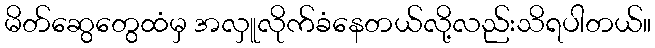
မိတ်ဆွေတွေထံမှ အလှူလိုက်ခံနေတယ်လို့လည်းသိရပါတယ်။